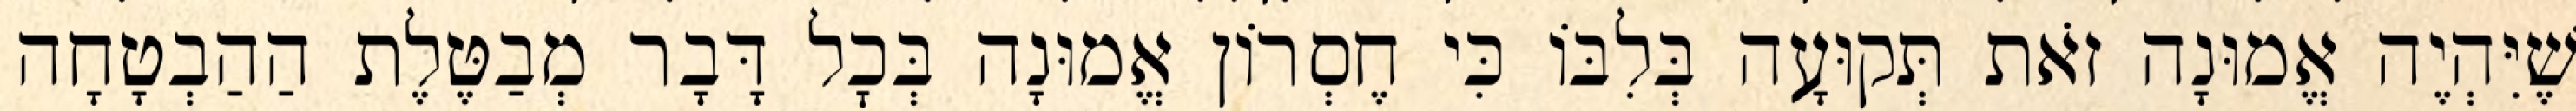
שֶׁיִּהְיֶה אֱמוּנָה זֹאת תְּקוּעָה בְּלִבּוֹ כִּי חֶסְרוֹן אֱמוּנָה בְּכׇל דָּבָר מְבַטֶּלֶת הַהַבְטָחָה